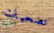
تضحيات